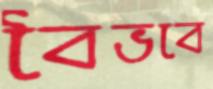
বৈভবে